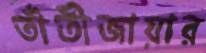
তাঁতীজায়ার